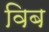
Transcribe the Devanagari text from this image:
विब